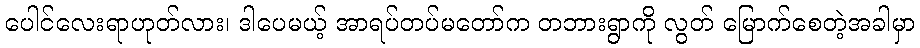
ပေါင်လေးရာဟုတ်လား၊ ဒါပေမယ့် အာရပ်တပ်မတော်က တဘားရွာကို လွတ် မြောက်စေတဲ့အခါမှာ